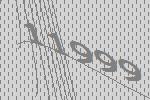
11999